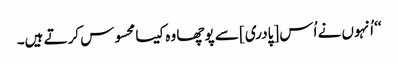
‘‘ اُنہوں نے اُس [پادری] سے پوچھا وہ کیسا محسوس کرتے ہیں۔